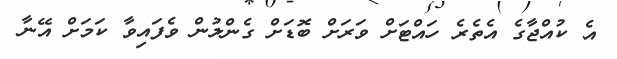
އެ ކުއްޖާގެ އެތެރެ ހައްޓަށް ވަރަށް ބޮޑަށް ގެންލުން ވެފައިވާ ކަމަށް އޭނާ